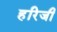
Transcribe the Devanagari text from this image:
हरिजी